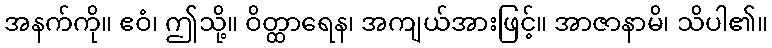
အနက်ကို။ ဧဝံ၊ ဤသို့။ ဝိတ္ထာရေန၊ အကျယ်အားဖြင့်။ အာဇာနာမိ၊ သိပါ၏။